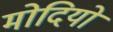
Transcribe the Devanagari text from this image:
मोदियों